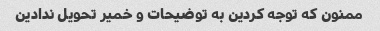
ممنون که توجه کردین به توضیحات و خمیر تحویل ندادین